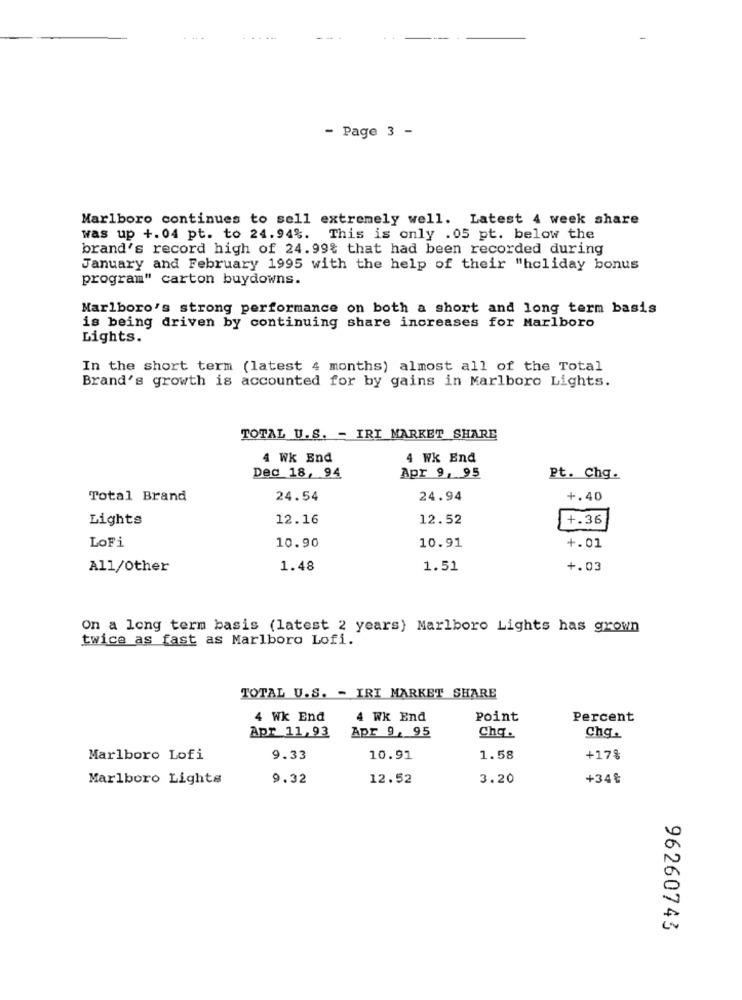
- Page 3 -
Marlboro continues to sell extremely well. Latest 4 week share
was up +.04 pt. to 24.94%. This is only .05 pt. below the
brand's record high of 24.99% that had been recorded during
January and February 1995 with the help of their "holiday bonus
program" carton buydowns.
Marlboro's strong performance on both a short and long term basis
is being driven by continuing share increases for Marlboro
Lights.
In the short term (latest 4 months) almost all of the Total
Brand's growth is accounted for by gains in Marlboro Lights.
TOTAL U.S. - IRI MARKET SHARE
4 Wk End
4 WK End
Apr 9, 95
Dec 18, 94
Pt. Chg.
Total Brand
24.54
24.94
+.40
Lights
12.16
12.52
+.36
LoFi
10.90
10.91
+.01
All/Other
1.48
1.51
+.03
On a long term basis (latest 2 years) Marlboro Lights has grown
twice as fast as Marlboro Lofi.
TOTAL U.S. - IRI MARKET SHARE
4 Wk End
4 WK End
Point
Percent
Apr 9, 95
Chq.
Apr 11, 93
chq.
Marlboro Lofi
9.33
10.91
1.58
+17%
Marlboro Lights
9.32
12.52
3.20
+34₺
96260743